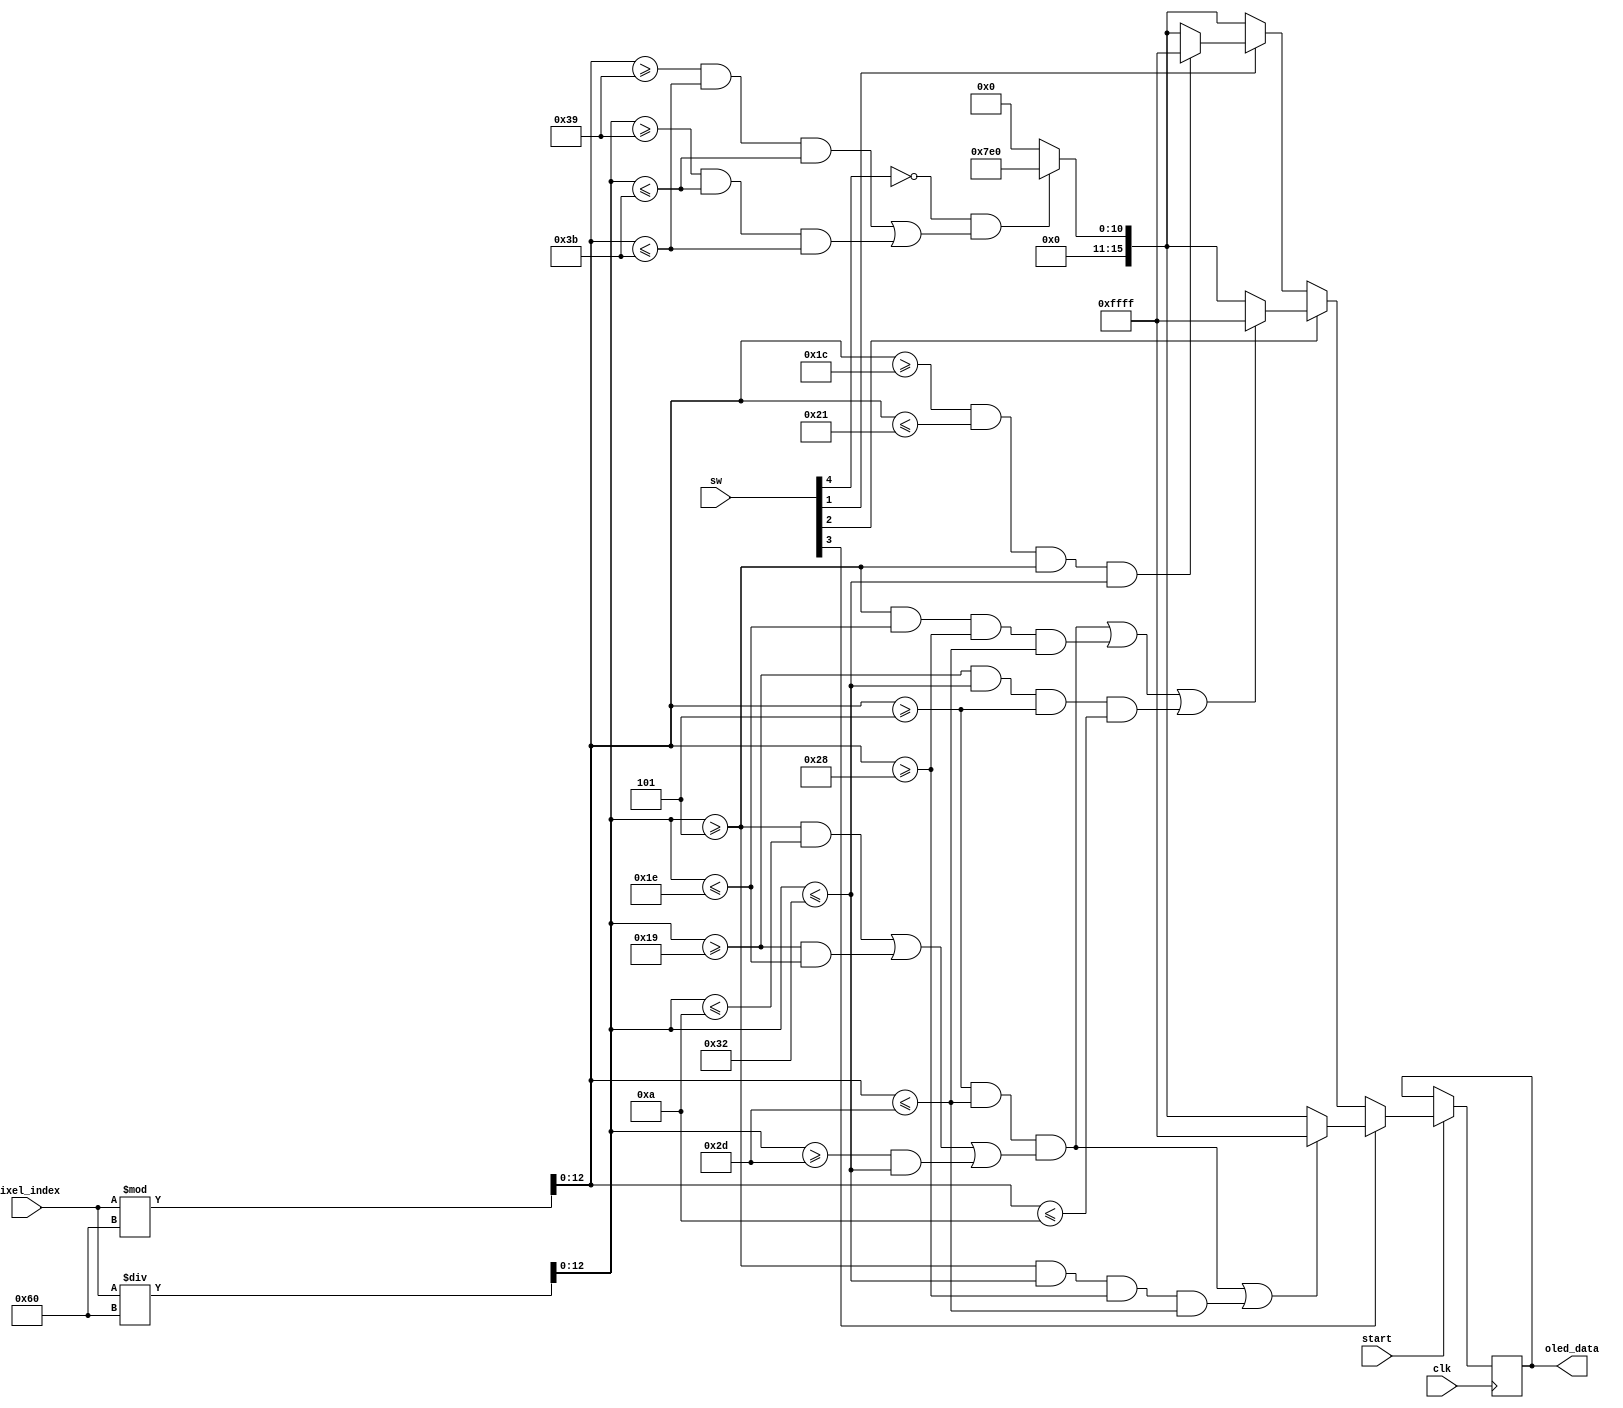
`timescale 1ns / 1ps
//////////////////////////////////////////////////////////////////////////////////
// Company: 
// Engineer: 
// 
// Design Name: 
// Module Name: toggle_display
// Project Name: 
// Target Devices: 
// Tool Versions: 
// Description: 
// 
// Dependencies: 
// 
// Revision:
// Revision 0.01 - File Created
// Additional Comments:
// 
//////////////////////////////////////////////////////////////////////////////////

module toggle_display(input start, input clk, input [4:0] sw, input [12:0] pixel_index, output reg [15:0] oled_data = 0);
    wire [12:0] x_index; wire [12:0] y_index;
    assign x_index = pixel_index % 96;
    assign y_index = pixel_index / 96;
   
    always @(posedge clk) begin
        if (start) begin
        //display green border
        if (~sw[4] & ((x_index >= 57 & x_index <= 59 & y_index <= 59) | (y_index >= 57 & y_index <= 59 & x_index <= 59))) begin
            oled_data <= 16'h07E0;
        end
        else begin
            oled_data <= 0;
        end
        //display number 3
        if (sw[3]) begin
            if ((x_index >= 5 & x_index <= 45 & ((y_index >= 5 & y_index <= 10) | (y_index >= 25 & y_index <= 30) | (y_index >= 45 & y_index <= 50)))
                | (y_index >= 5 & y_index <= 50 & x_index >= 40 & x_index <= 45))
            begin
                oled_data <= 16'hFFFF;
            end 
        end
        //display number 2
        else if (sw[2]) begin
            if ((x_index >= 5 & x_index <= 45 & ((y_index >= 5 & y_index <= 10) | (y_index >= 25 & y_index <= 30) | (y_index >= 45 & y_index <= 50)))
                | (y_index >= 5 & y_index <= 30 & x_index >= 40 & x_index <= 45)
                | (y_index >= 25 & y_index <= 50 & x_index >= 5 & x_index <= 10)) 
            begin
                oled_data <= 16'hFFFF;
            end 
        end
        //display number 1
        else if (sw[1]) begin
            if ((x_index >= 28 & x_index <= 33 & y_index >= 5 & y_index <= 50)) begin
                oled_data <= 16'hFFFF;
            end
        end
        end
    end
endmodule